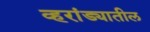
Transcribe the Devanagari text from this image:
व्हरांड्यातील